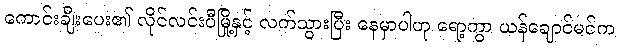
ကောင်းချီးပေး၏ လိုင်လင်းပီမြို့နှင့် လက်သွားပြီး နေမှာပါဟု ရော့ကွာ ယန်ချောင်မင်က